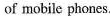
of mobile phones.